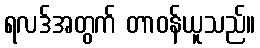
ရလဒ်အတွက် တာဝန်ယူသည်။